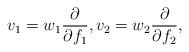
LaTeX: \begin{align*} v_{1} = w_{1}\dfrac{\partial}{\partial f_{1}}, v_{2} = w_{2}\dfrac{\partial}{\partial f_{2}},\end{align*}